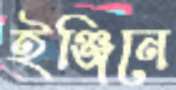
ইঞ্জিনে